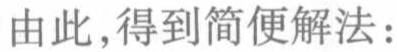
由此,得到简便解法：